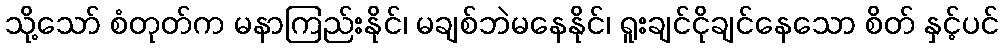
သို့သော် စံတုတ်က မနာကြည်းနိုင်၊ မချစ်ဘဲမနေနိုင်၊ ရူးချင်ငိုချင်နေသော စိတ် နှင့်ပင်